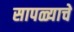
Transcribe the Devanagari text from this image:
सापळ्याचे